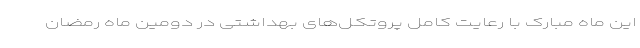
این ماه مبارک با رعایت کامل پروتکل‌های بهداشتی در دومین ماه رمضان